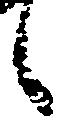
之